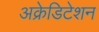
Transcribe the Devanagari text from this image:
अक्रेडिटेशन